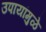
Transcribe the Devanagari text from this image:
उपायांमुळे